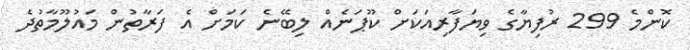
ކޮންމެ 299 ރުފިޔާގެ ވިޔަފާރިއަކަށް ކޫޕަނެއް ލިބޭނެ ކަމަށް އެ ފަރާތުން މައުލޫމާތުދެ